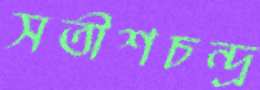
সতীশচন্দ্র